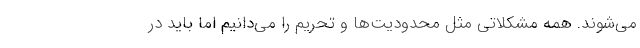
می‌شوند. همه مشکلاتی مثل محدودیت‌ها و تحریم را می‌دانیم اما باید در